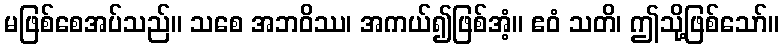
မဖြစ်စေအပ်သည်။ သစေ အဘဝိဿ၊ အကယ်၍ဖြစ်အံ့။ ဧဝံ သတိ၊ ဤသို့ဖြစ်သော်။